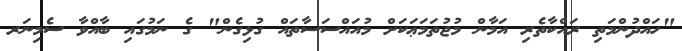
"ހައްދުންމަތި ރައްކާތެރި އަމާން މުޖުތަމަޢަކަށް މުއައްސަސާތައް ގުޅިގެން" ގެ ނަމުގައި ބާއްވާ ސެމިނަރ